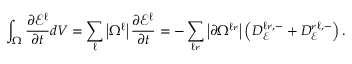
\int _ { \Omega } \frac { \partial \mathcal { E } ^ { \ell } } { \partial t } d V = \sum _ { \ell } \left| \Omega ^ { \ell } \right| \frac { \partial \mathcal { E } ^ { \ell } } { \partial t } = - \sum _ { \ell \mathcal { r } } \left| \partial \Omega ^ { \ell \mathcal { r } } \right| \left( D _ { \mathcal { E } } ^ { \ell \mathcal { r } , - } + D _ { \mathcal { E } } ^ { \mathcal { r } \ell , - } \right) .